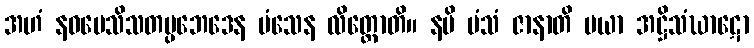
အဟံ နဝပေသိသတပ္ပဘေဒေန မံသေန လိတ္တောတိ။ နပိ မံသံ ဇာနာတိ မယာ အဋ္ဌိသံဃာဋော